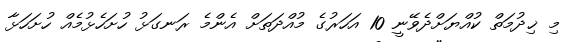
މި ޚިދުމަތް ކުއްޔަށްދެވޭނީ 10 އަހަރުގެ މުއްދަތަށް އެންމެ ރަނގަޅު ހުށަހެޅުމެއް ހުށަހަޅާ